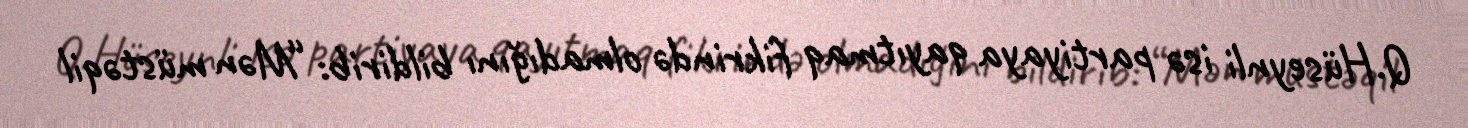
Q.Hüseynli isə partiyaya qayıtmaq fikrində olmadığını bildirib: “Mən müstəqil